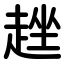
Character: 趖